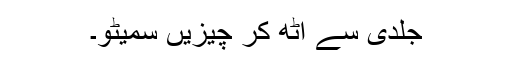
جلدی سے اٹھ کر چیزیں سمیٹو۔